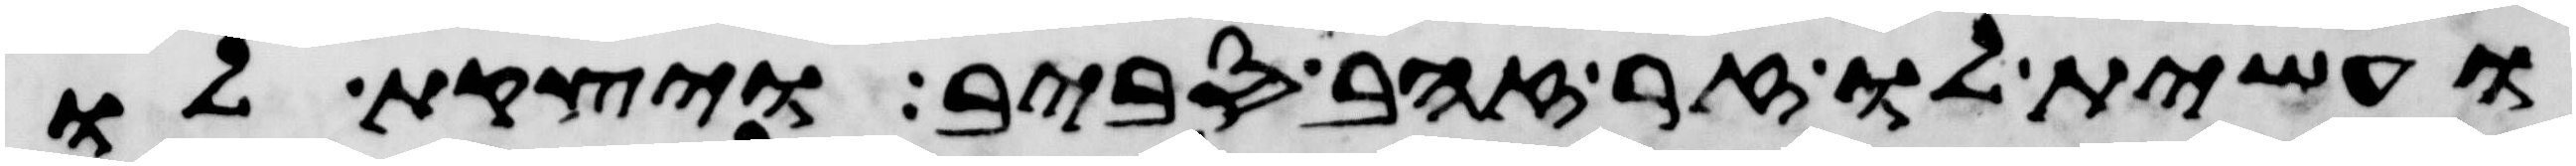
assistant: ועשית לו זר זהב סביב ויצקת לו